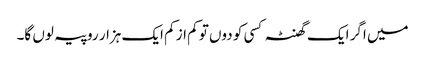
میں اگر ایک گھنٹہ کسی کو دوں تو کم از کم ایک ہزار روپیہ لوں گا۔